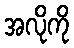
အလိုကို